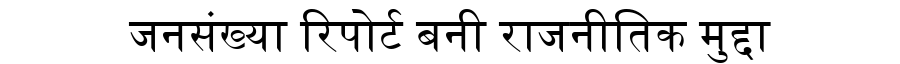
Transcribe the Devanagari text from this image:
जनसंख्या रिपोर्ट बनी राजनीतिक मुद्दा